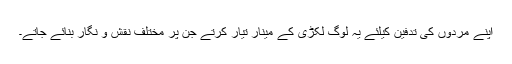
اپنے مردوں کی تدفین کیلئے یہ لوگ لکڑی کے مینار تیار کرتے جن پر مختلف نقش و نگار بنائے جاتے۔